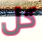
كل